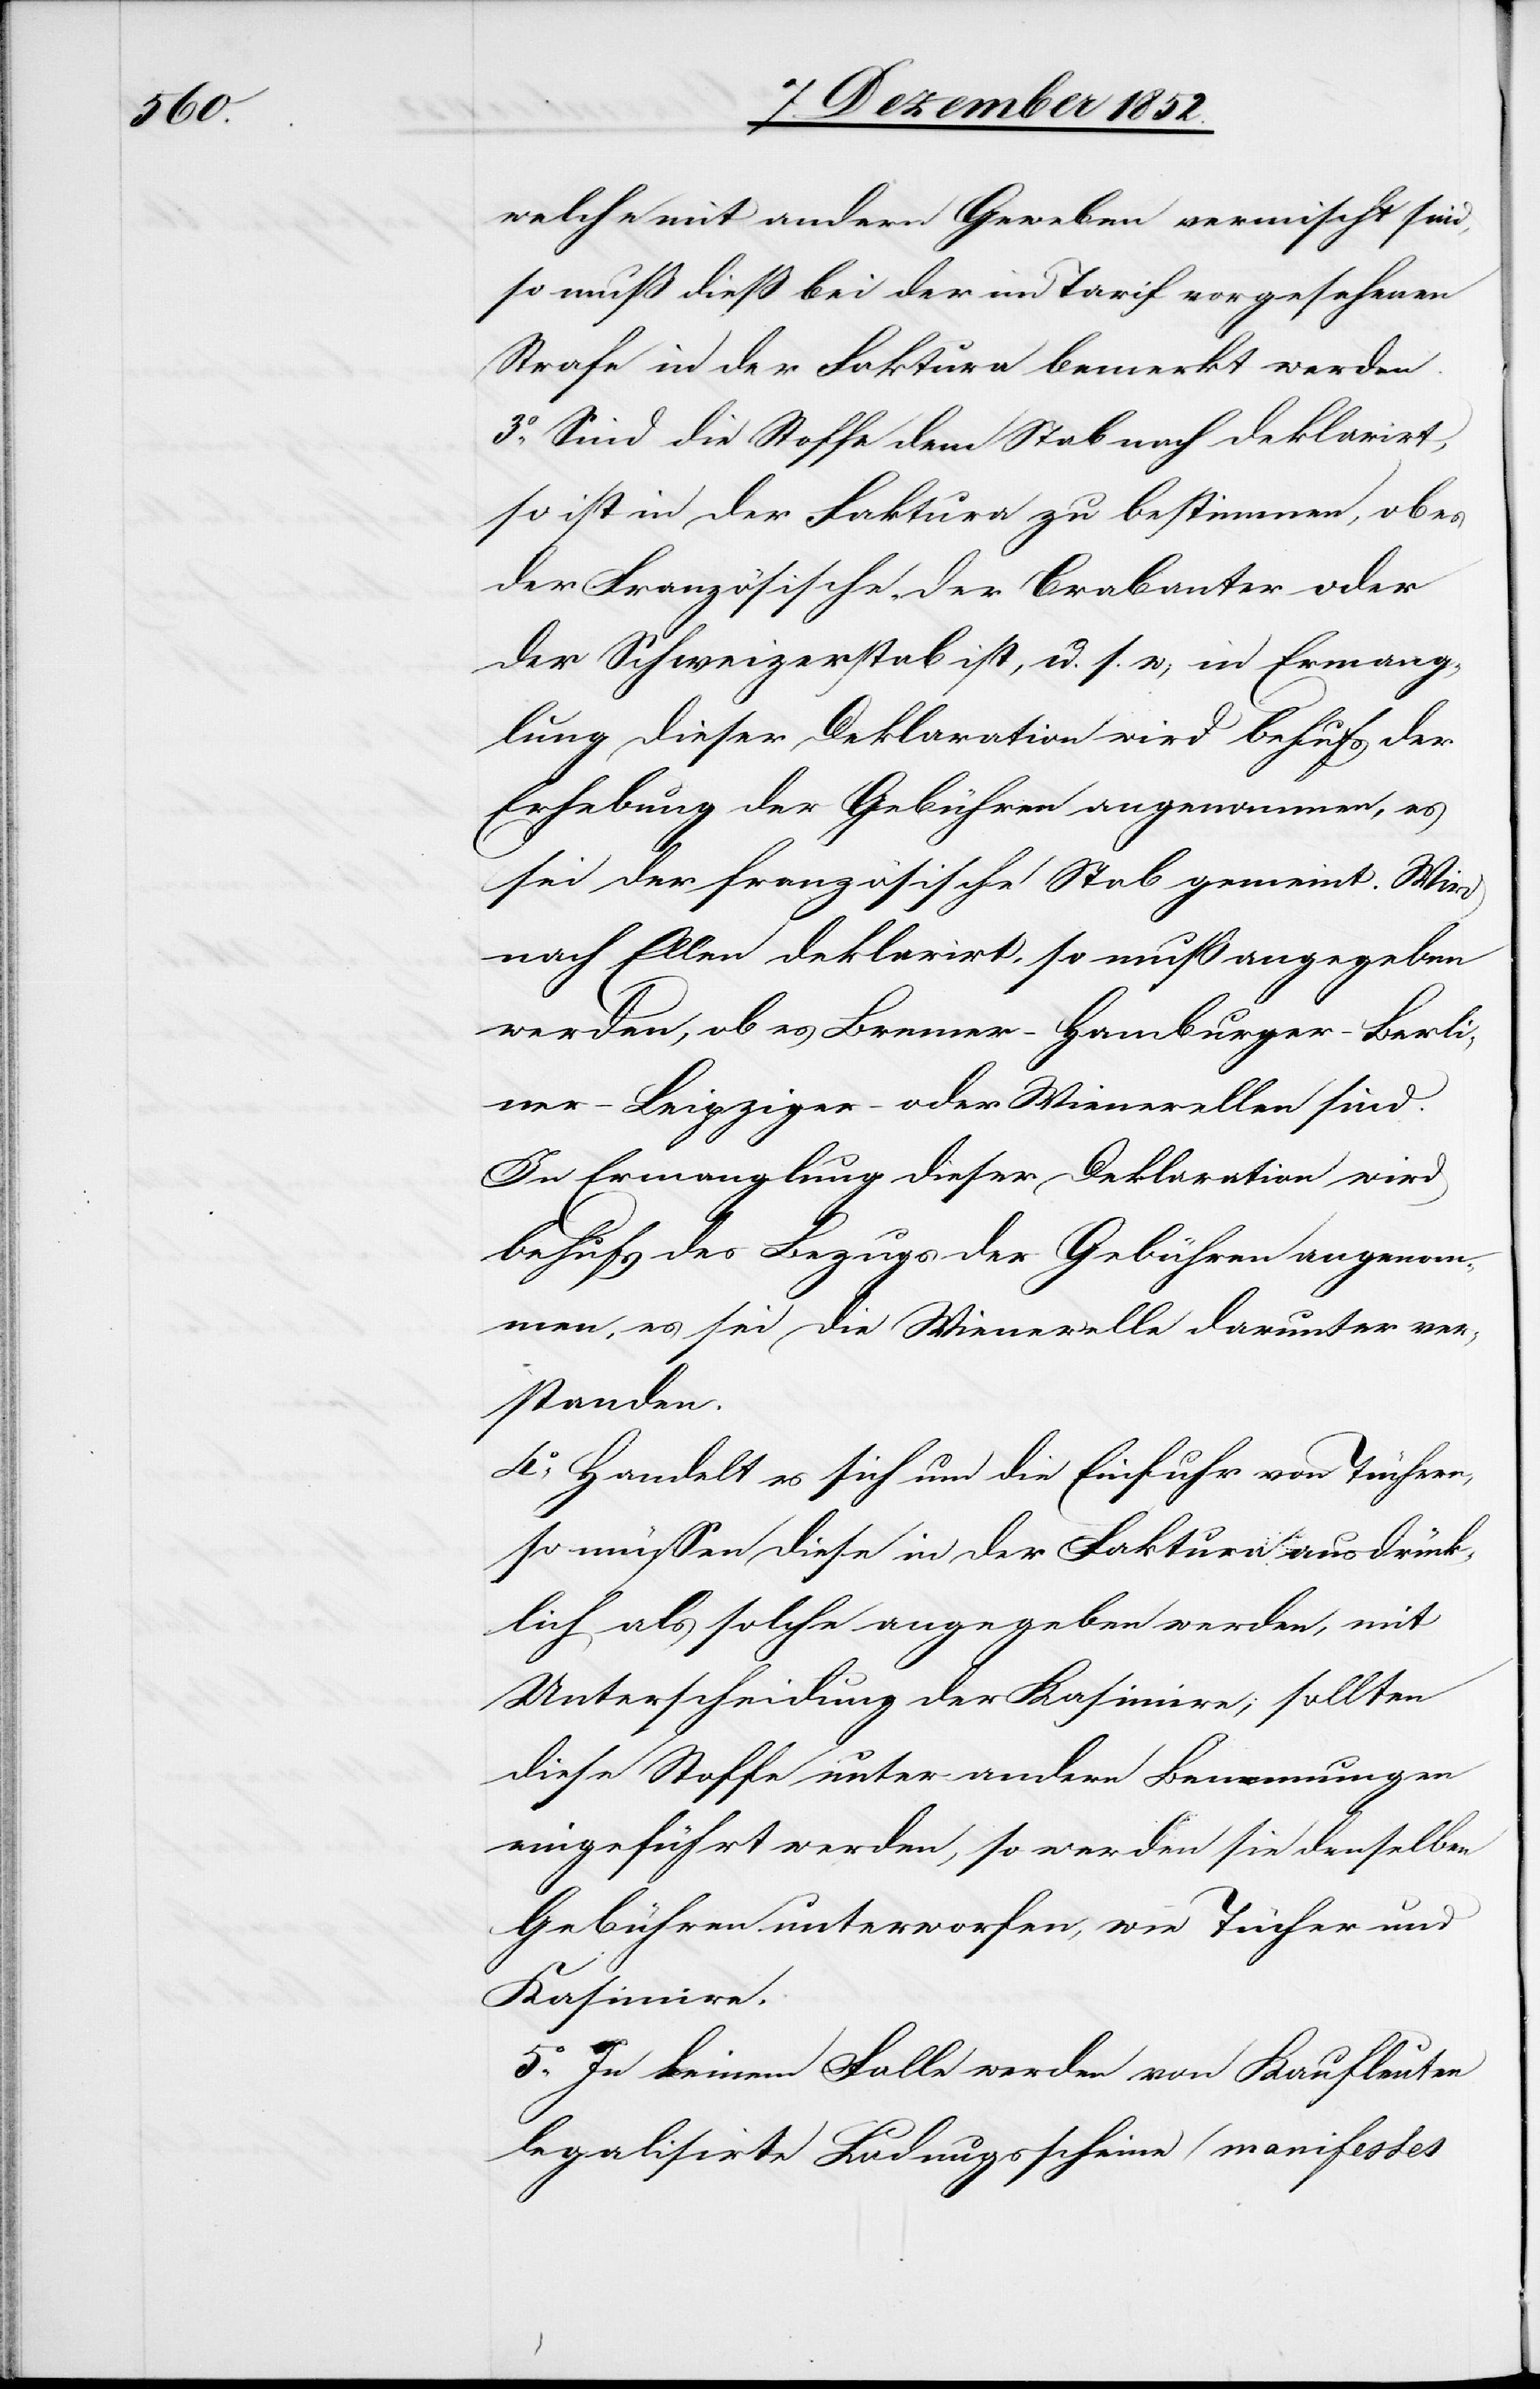
welche mit andern Geweben vermischt sind,
so muß dieß bei der im Tarif vorgesehenen
Strafe in der Faktura bemerkt werden.
3o, Sind die Stoffe dem Stab nach deklarirt,
so ist in der Faktura zu bestimmen, ob es
der Französische, der Brabanter oder
der Schweizerstab ist, u. s. w; in Ermang¬
lung dieser Deklaration wird behufs der
Erhebung der Gebühren angenommen, es
sei der französische Stab gemeint. Wird
nach Ellen deklarirt, so muß angegeben
werden, ob es Bremer-[,] Hamburger-[,] Berl¬
iner-[,] Leipziger- oder Wienerellen sind.
In Ermanglung dieser Deklaration wird
behufs des Bezugs der Gebühren angenom¬
men, es sei die Wienerelle darunter ver¬
standen.
4o, Handelt es sich um die Einfuhr von Tüchern,
so müssen diese in der Faktura ausdrück¬
lich als solche angegeben werden, mit
Unterscheidung der Kasimire; sollten
diese Stoffe unter andern Benennungen
eingeführt werden, so werden sie denselben
Gebühren unterworfen, wie Tücher und
Kasimire.
5o, In keinem Falle werden von Kaufleuten
legalisirte Ladungsscheine (manifestes